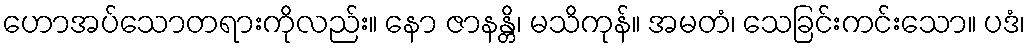
ဟောအပ်သောတရားကိုလည်း။ နော ဇာနန္တိ၊ မသိကုန်။ အမတံ၊ သေခြင်းကင်းသော။ ပဒံ၊